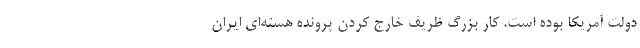
دولت آمریکا بوده است. کار بزرگ ظریف خارج کردن پرونده هسته‌ای ایران